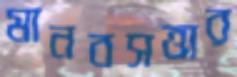
মানবসত্তার